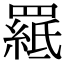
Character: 𦌅